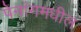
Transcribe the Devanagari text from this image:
पेनांगमधील